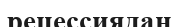
рецессиядан